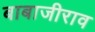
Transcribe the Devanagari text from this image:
बाबाजीराव